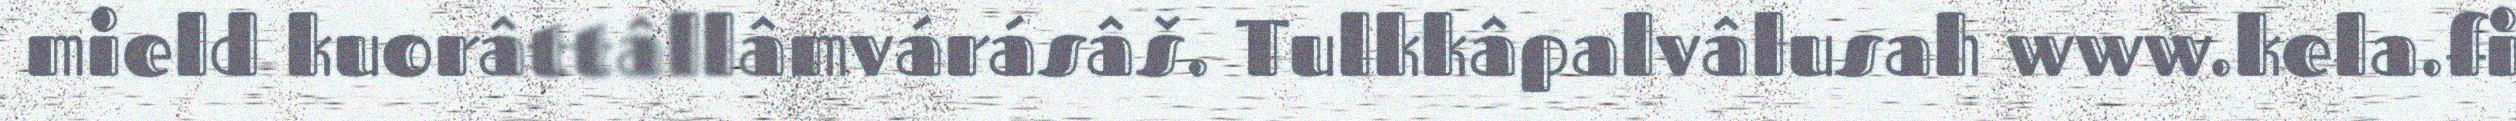
mield kuorâttâllâmvárásâš. Tulkkâpalvâlusah www.kela.fi